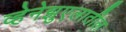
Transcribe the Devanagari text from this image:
व्हेनेझुएलातील